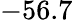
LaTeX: -56.7